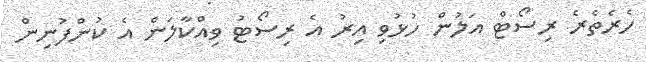
ހެރެތެރެ ރިސޯޓް އަލުން ހުޅުވި އިރު އެ ރިސޯޓު ވިއްކާލަން އެ ކުންފުނިން